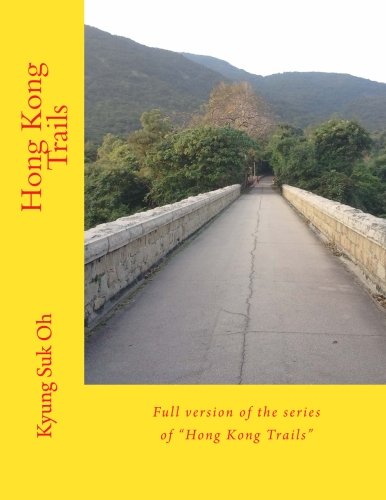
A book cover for Hong Kong Trails: Full version of the series of "Hong Kong Trails"; Kyung Suk Oh; Travel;